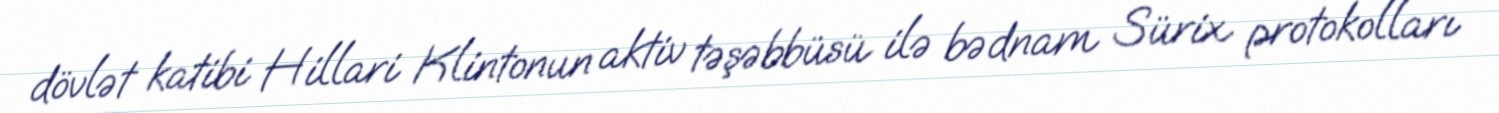
dövlət katibi Hillari Klintonun aktiv təşəbbüsü ilə bədnam Sürix protokolları